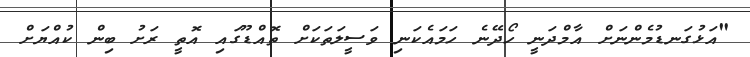
"އަޅުގަނޑުމެންނަށް އާމްދަނީ ހޯދޭނެ ހަމައެކަނި ވަސީލަތަކަށް ތޮއްޑޫގައި އޮތީ ރަށު ބިން ކުއްޔަށް